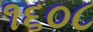
૧૬૦૮